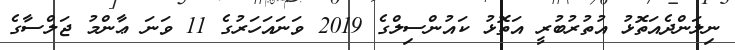
ނިލަންދެއަތޮޅު އުތުރުބުރީ އަތޮޅު ކައުންސިލްގެ 2019 ވަނައަހަރުގެ 11 ވަނަ ޢާންމު ޖަލްސާގެ